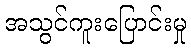
အသွင်ကူးပြောင်းမှု